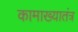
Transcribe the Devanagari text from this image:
कामाख्यातंत्र